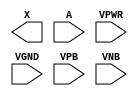
module sky130_fd_sc_ls__bufbuf (
    X   ,
    A   ,
    VPWR,
    VGND,
    VPB ,
    VNB
);

    output X   ;
    input  A   ;
    input  VPWR;
    input  VGND;
    input  VPB ;
    input  VNB ;
endmodule